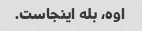
اوه، بله اینجاست.